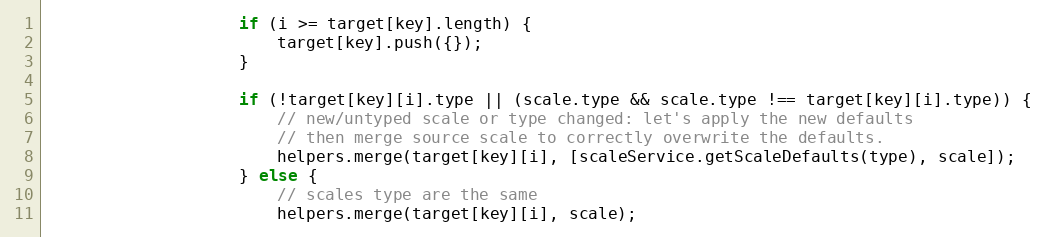
Language: JavaScript
					if (i >= target[key].length) {
						target[key].push({});
					}

					if (!target[key][i].type || (scale.type && scale.type !== target[key][i].type)) {
						// new/untyped scale or type changed: let's apply the new defaults
						// then merge source scale to correctly overwrite the defaults.
						helpers.merge(target[key][i], [scaleService.getScaleDefaults(type), scale]);
					} else {
						// scales type are the same
						helpers.merge(target[key][i], scale);